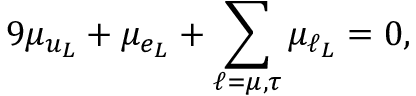
9 \mu _ { u _ { L } } + \mu _ { e _ { L } } + \sum _ { \ell = \mu , \tau } \mu _ { \ell _ { L } } = 0 ,